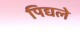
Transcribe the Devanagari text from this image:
पिद्यले